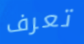
تعرف